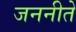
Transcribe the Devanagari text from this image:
जननीते